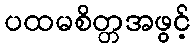
ပထမစိတ္တအဖွင့်